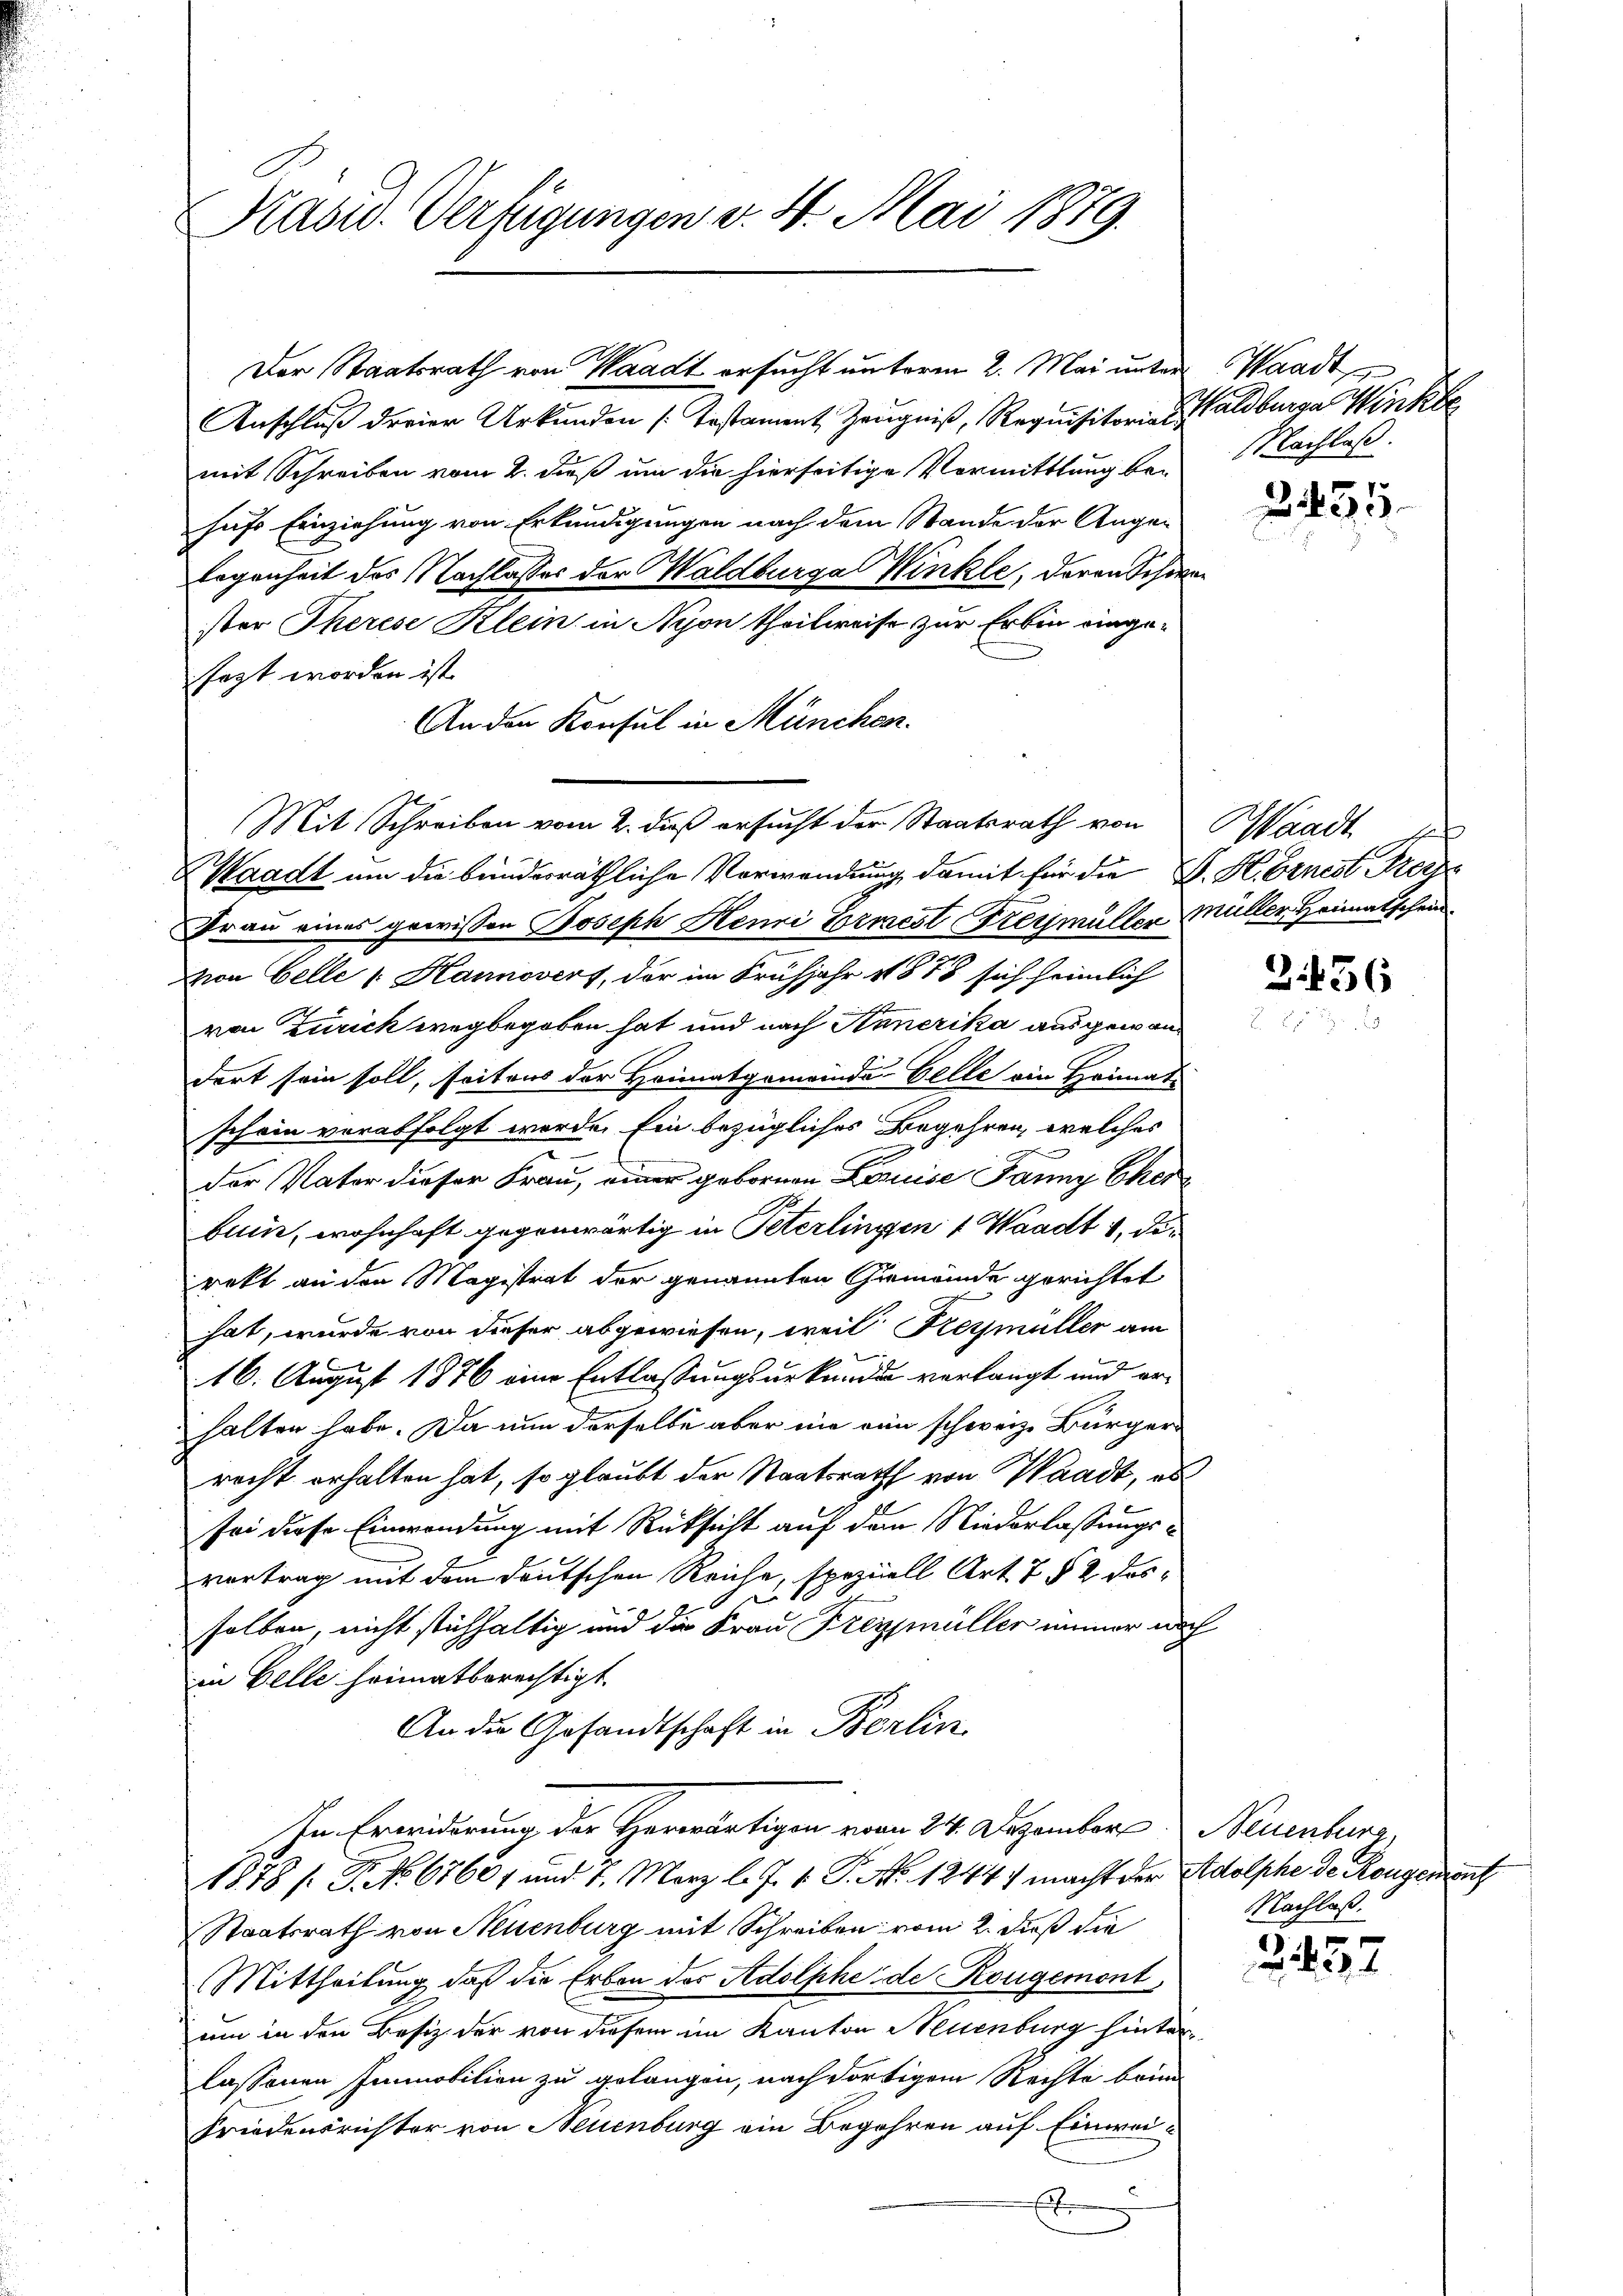
Pasid. Verfügungen v. 4. Mai 1879.

Anschluß dreier Urkunden (Testament, Zeugniß, Requisitorias er alsburger Winkle
mit Schreiben vom 2. dieß um die hierseitige Vermittlung bei Nachlaß.
hufs Einziehung von Erkundigungen nach dem Stande der Augen
legenheit des Nachlasses der Waldburga Winkle, deren Schwer
ster Therese Klein in Nyon theilweise zur Erben eingesezt worden ist.
An den Konsul in München.
Mit Schreiben vom 2. dieß ersucht der Staatsrath von Waadt
Waadt um die bunderräthliche Verwendung damit für die F. Hörnest reiz¬
Frau eines gewissen Joseph Henri Ermest Freymüller Müller Heimatschein
zion Celle v. Hannovers, der im Frühjahr 1878 sich heimlich
von Zürich wegbegeben hat und nach Annerika ausgewandort sein soll, seitens der Heimatgemeinde-Gelle ein Heimat
schein verabfolgt werde. Ein bezügliches Begehren, welches
n
der Vater dieser Frau, einer gebornen Louise Janny Eher
bum, wohnhaft gegenwärtig in Peterlingen 4 Waadt 1, die
rekt an den Magistrat der genannten Gemeinde gerichtet
hat, wurde von dieser abgewiesen, weil Reymüller am
16. August 1876 eine Entlassungsurkunde verlangt und erhalten habe. Da nun derselbe aber nie ein schweiz. Bürgerrecht erhalten hat, so glaubt der Staatsrath von Waadt, als
sei diese Einwendung mit Rüksicht auf dem Niederlassungsvortrag mit dem deutschen Reiche, speziell Art. 7 § 2 des¬
1
selben, nicht stichhaltig und die Frau Kreymüller immer noch
in Belle heimatberechtigt.
An die Gesandtschaft in Berlin.
In Erwiederung der Herrartigen von 24. Dezember Neuenburg,
1878 / P. No. 67601 und 1. März l. J. v. P. No. 1244) macht der Adolphe de Reugenant
Staatsrath von Neuenburg mit Schreiben vom 2. dieß die
Mittheilung, daß die Erben der Adolphe de Rougemont,
um in den Besitz der von diesem im Kanton Neuenburg hinterlassenen Immobilien zu gelangen, nach dortigem Rechte brin
Friedensrichter von Neuenburg ein Begehren auf Einwei¬
E

Der Staatsrath von Waadt ersucht unterm 2. Mai unter Waadt

2455.

2436

Nachlaß.

B 457